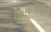
નિલગિરિસ